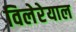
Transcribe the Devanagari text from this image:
विलेरेयाल